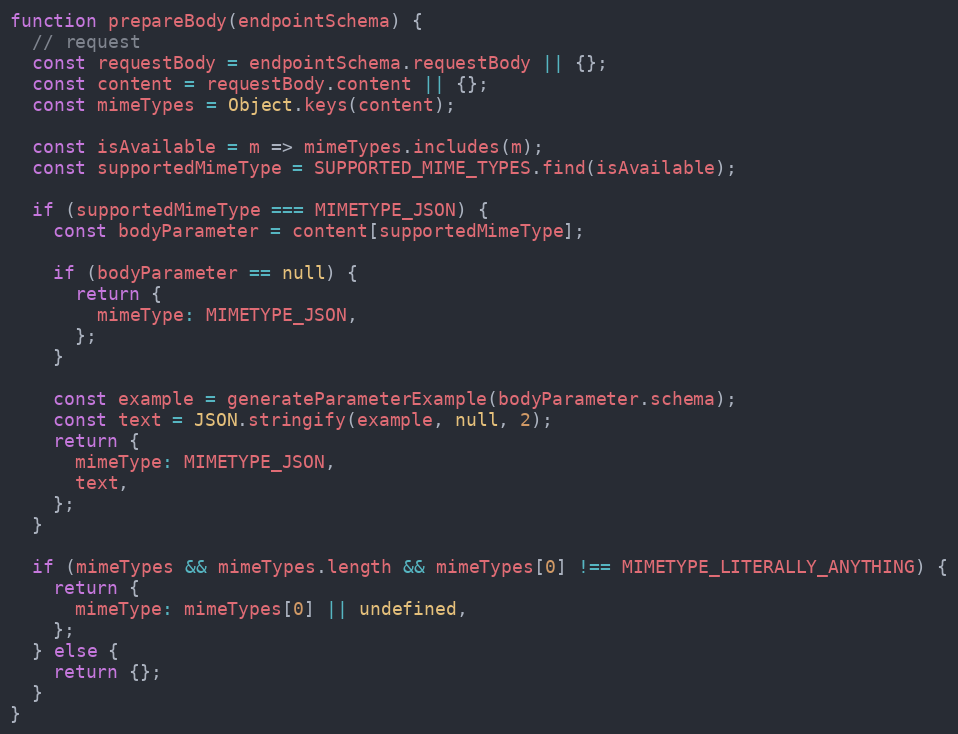
Language: JavaScript
function prepareBody(endpointSchema) {
  // request
  const requestBody = endpointSchema.requestBody || {};
  const content = requestBody.content || {};
  const mimeTypes = Object.keys(content);

  const isAvailable = m => mimeTypes.includes(m);
  const supportedMimeType = SUPPORTED_MIME_TYPES.find(isAvailable);

  if (supportedMimeType === MIMETYPE_JSON) {
    const bodyParameter = content[supportedMimeType];

    if (bodyParameter == null) {
      return {
        mimeType: MIMETYPE_JSON,
      };
    }

    const example = generateParameterExample(bodyParameter.schema);
    const text = JSON.stringify(example, null, 2);
    return {
      mimeType: MIMETYPE_JSON,
      text,
    };
  }

  if (mimeTypes && mimeTypes.length && mimeTypes[0] !== MIMETYPE_LITERALLY_ANYTHING) {
    return {
      mimeType: mimeTypes[0] || undefined,
    };
  } else {
    return {};
  }
}